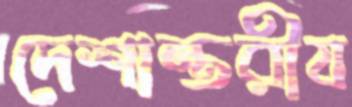
দেশান্তরীয